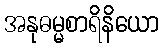
အနုဓမ္မစာရိနိယော